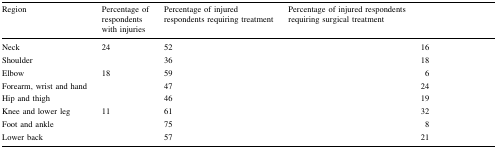
<table><thead><tr><td><b>Region</b></td><td><b>Percentage of respondents with injuries</b></td><td><b>Percentage of injured respondents requiring treatment</b></td><td><b>Percentage of injured respondents requiring surgical treatment</b></td><td>[EMPTY_CELL]</td></tr></thead><tbody><tr><td>Neck</td><td>24</td><td>52</td><td>[EMPTY_CELL]</td><td>16</td></tr><tr><td>Shoulder</td><td>[EMPTY_CELL]</td><td>36</td><td>[EMPTY_CELL]</td><td>18</td></tr><tr><td>Elbow</td><td>18</td><td>59</td><td>[EMPTY_CELL]</td><td>6</td></tr><tr><td>Forearm, wrist and hand</td><td>[EMPTY_CELL]</td><td>47</td><td>[EMPTY_CELL]</td><td>24</td></tr><tr><td>Hip and thigh</td><td>[EMPTY_CELL]</td><td>46</td><td>[EMPTY_CELL]</td><td>19</td></tr><tr><td>Knee and lower leg</td><td>11</td><td>61</td><td>[EMPTY_CELL]</td><td>32</td></tr><tr><td>Foot and ankle</td><td>[EMPTY_CELL]</td><td>75</td><td>[EMPTY_CELL]</td><td>8</td></tr><tr><td>Lower back</td><td>[EMPTY_CELL]</td><td>57</td><td>[EMPTY_CELL]</td><td>21</td></tr></tbody></table>